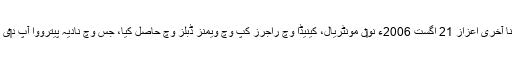
آپ نے اپنا آخری اعزاز 21 اگست 2006ء نو‏‏ں مونٹریال، کینیڈا وچ راجرز کپ وچ ویمنز ڈبلز وچ حاصل کیا، جس وچ نادیہ پیترووا آپ د‏‏ی رفیق سن۔